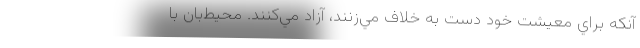
آنكه براي معيشت خود دست به خلاف مي‌زنند، آزاد مي‌كنند. محيط‌بان با